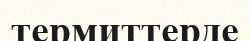
термиттерде